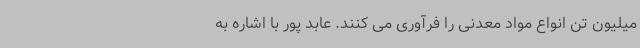
میلیون تن انواع مواد معدنی را فرآوری می کنند. عابد پور با اشاره به